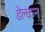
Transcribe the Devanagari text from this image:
डेक्लन